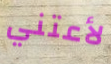
لأعتني